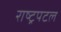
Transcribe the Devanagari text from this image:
राष्ट्रपटल